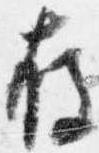
存